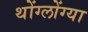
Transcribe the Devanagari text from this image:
थोंग्लोंग्या